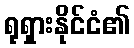
ရုရှားနိုင်ငံ၏